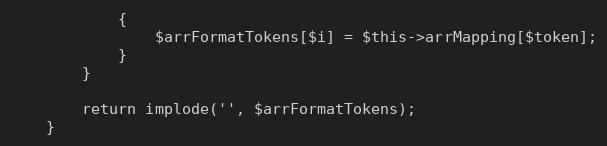
Language: PHP
			{
				$arrFormatTokens[$i] = $this->arrMapping[$token];
			}
		}

		return implode('', $arrFormatTokens);
	}